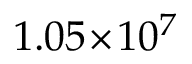
1 . 0 5 \! \times \! 1 0 ^ { 7 }